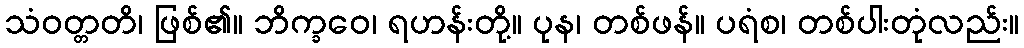
သံဝတ္တတိ၊ ဖြစ်၏။ ဘိက္ခဝေ၊ ရဟန်းတို့။ ပုန၊ တစ်ဖန်။ ပရံစ၊ တစ်ပါးတုံလည်း။